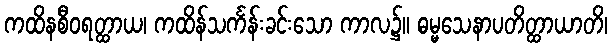
ကထိနစီဝရတ္ထာယ၊ ကထိန်သင်္ကန်းခင်းသော ကာလ၌။ ဓမ္မသေနာပတိတ္ထာယာတိ၊